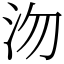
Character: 沕